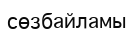
сөзбайламы